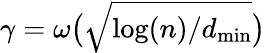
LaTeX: \gamma=\omega\big(\sqrt{\log(n)/d_{\operatorname*{min}}}\big)